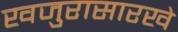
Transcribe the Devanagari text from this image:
खजुरासारखे